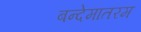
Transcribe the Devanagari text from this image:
बन्देमातरम